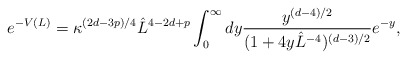
\begin{align*}e^{-V(L)} = \kappa^{(2d-3p)/4} \hat L^{4- 2d +p} \int_0^\infty dy {y^{(d-4)/2}\over (1+ 4y \hat L^{-4} )^{(d-3)/2}} e^{-y} ,\end{align*}